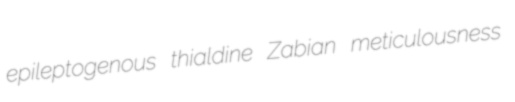
epileptogenous thialdine Zabian meticulousness